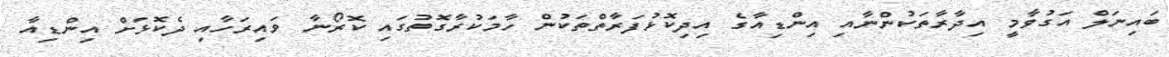
ބައިނަލް އަގުވާމީ އިދާރާތަކުންނާއި އިންޑިއާގެ އިދިކޮޅުފަރާތްތަކުން ހާމަކުރާގޮތުގައި ކޮރޯނާ ވައިރަހާއި ދެކޮޅަށް އިންޑިއާ